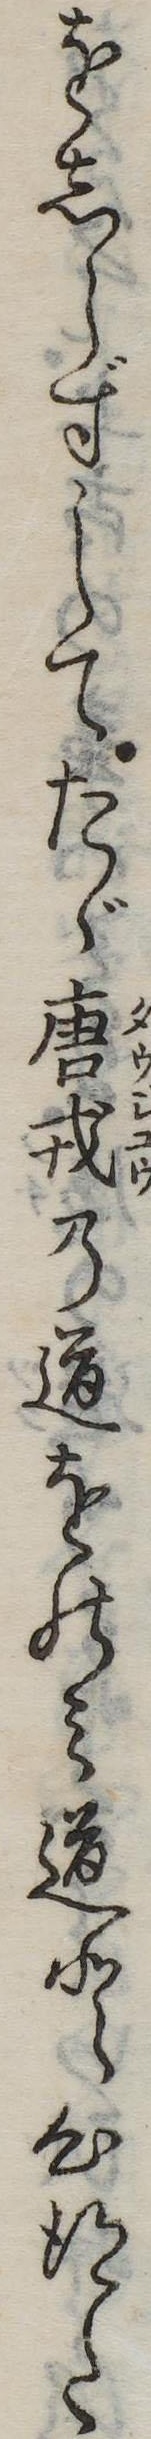
をしらずしてたゞ唐戎の道をのみ道と心得た